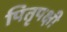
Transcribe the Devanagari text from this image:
पितृपक्षी